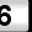
Digit: 6